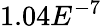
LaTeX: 1.04E^{-7}